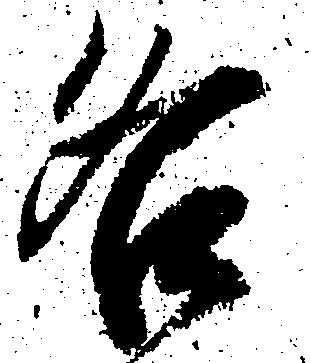
各